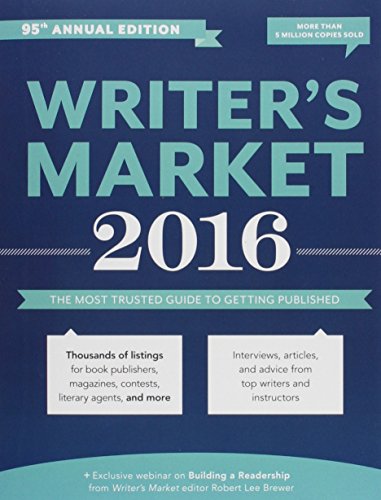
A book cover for Writer's Market 2016: The Most Trusted Guide to Getting Published; Reference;